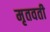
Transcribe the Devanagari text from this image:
मृतवती